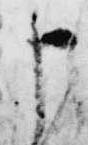
申